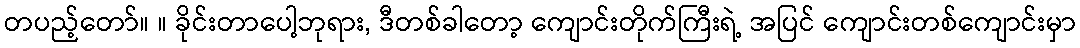
တပည့်တော်။ ။ ခိုင်းတာပေါ့ဘုရား, ဒီတစ်ခါတော့ ကျောင်းတိုက်ကြီးရဲ့ အပြင် ကျောင်းတစ်ကျောင်းမှာ